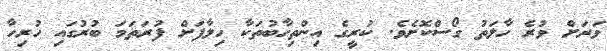
ވަރަށް ވުރެ ހާލަތު ގޯސްކޮށެވެ. ކުރީގެ އިންތިހާބުތަކާ ހިލާފަށް ފުރަތަމަ ބުރުގައި ހުރިހާ